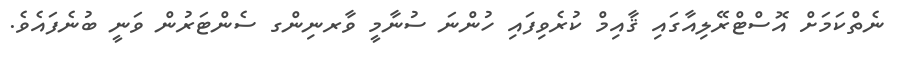
ނެތްކަމަށް އޮސްޓްރޭލިއާގައި ޤާއިމް ކުރެވިފައި ހުންނަ ސުނާމީ ވާރނިންގ ސެންޓަރުން ވަނީ ބުނެފައެވެ.